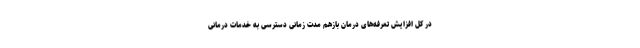
در کل افزایش تعرفه‌های درمان بازهم مدت زمانی دسترسی به خدمات درمانی